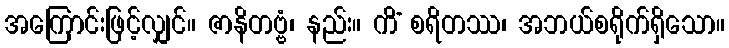
အကြောင်းဖြင့်လျှင်။ ဇာနိတဗ္ဗံ၊ နည်း။ ကိံ စရိတဿ၊ အဘယ်စရိုက်ရှိသော။